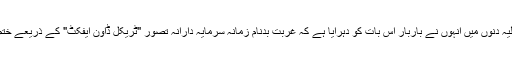
لیکن حالیہ دنوں میں انہوں نے باربار اس بات کو دہرایا ہے کہ غربت بدنام زمانہ سرمایہ دارانہ تصور "ٹریکل ڈاون ایفکٹ" کے ذریعے ختم ہو گی۔